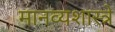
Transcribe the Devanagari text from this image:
मानव्यशास्त्रे